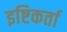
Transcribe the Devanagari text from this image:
इष्टिकर्ता